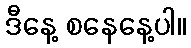
ဒီနေ့ စနေနေ့ပါ။